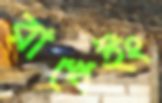
রাখেইং